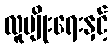
လူမျိုးရေးနှင့်